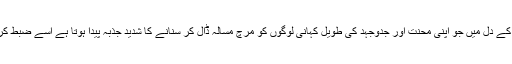
آپ کے دل میں جو اپنی محنت اور جدوجہد کی طویل کہانی لوگوں کو مرچ مسالہ ڈال کر سنانے کا شدید جذبہ پیدا ہوتا ہے اسے ضبط کریں۔